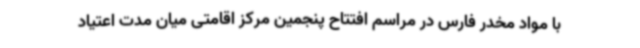
با مواد مخدر فارس در مراسم افتتاح پنجمین مرکز اقامتی میان مدت اعتیاد